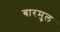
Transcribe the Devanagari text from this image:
बारमुल